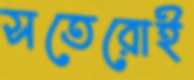
সতেরোই